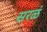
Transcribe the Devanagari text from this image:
सरळं